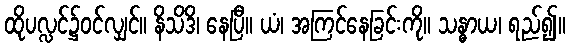
ထိုပလ္လင်၌ဝင်လျှင်။ နိသိဒိ၊ နေပြီ။ ယံ၊ အကြင်နေခြင်းကို။ သန္ဓာယ၊ ရည်၍။